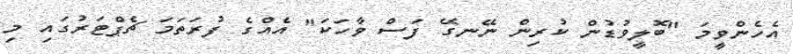
އެހެންވީމަ "ބޮލީވުޑުން ކުރިން ނޭނގޭ ފަސް ވާހަކަ" އެއްގެ ފުރަތަމަ ޗެޕްޓަރުގައި މި